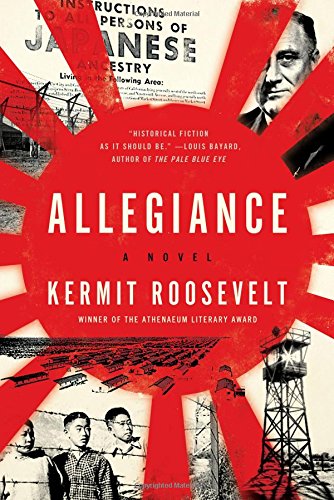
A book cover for Allegiance: A Novel; Kermit Roosevelt; Mystery, Thriller & Suspense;